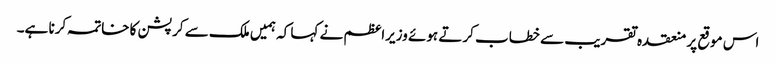
اس موقع پر منعقدہ تقریب سے خطاب کرتے ہوئے وزیراعظم نے کہا کہ ہمیں ملک سے کرپشن کا خاتمہ کرنا ہے۔